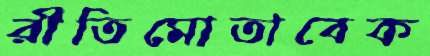
রীতিমোতাবেক